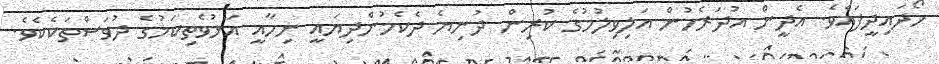
ހޯދައިދީފައެވެ. އެދީން އުދަރެހުން އަލިވިލުމުގެ ކުރިން ދުނިޔެ ދެކެމުންދިޔައީ ނިހާއީ އަޅުވެތިކަމުގެ ދުވަސްތަކެކެވެ.